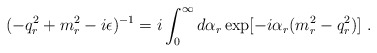
\begin{align*}(-q_r^2+m_r^2-i\epsilon)^{-1}=i\int_0^\infty d\alpha_r\exp[-i\alpha_r(m_r^2-q_r^2)]\ .\end{align*}